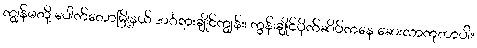
ကျွန်မတို့ ပေါက်တောမြို့နယ် အင်္ဂရားချိုင်ကျွန်း၊ ကွန်းချိုင်ပိုက်ဆိပ်ကနေ ဆေးလာကုတာပါ။